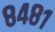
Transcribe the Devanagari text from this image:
८४८१